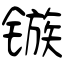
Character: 镞